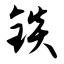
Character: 锬